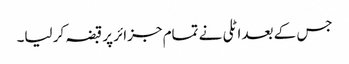
جس کے بعد اٹلی نے تمام جزائر پر قبضہ کر لیا۔